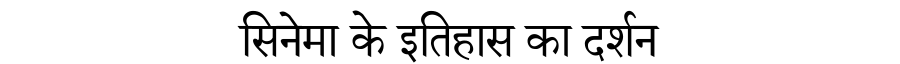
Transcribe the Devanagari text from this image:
सिनेमा के इतिहास का दर्शन